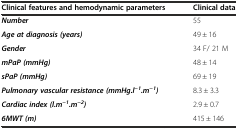
<table><thead><tr><td><b>Clinical features and hemodynamic parameters</b></td><td><b>Clinical data</b></td></tr></thead><tbody><tr><td><b><i>Number</i></b></td><td>55</td></tr><tr><td><b><i>Age at diagnosis (years)</i></b></td><td>49 ± 16</td></tr><tr><td><b><i>Gender</i></b></td><td>34 F/ 21 M</td></tr><tr><td><b><i>mPaP (mmHg)</i></b></td><td>48 ± 14</td></tr><tr><td><b><i>sPaP (mmHg)</i></b></td><td>69 ± 19</td></tr><tr><td><b><i>Pulmonary vascular resistance (mmHg.l</i></b><sup><b><i>−1</i></b></sup><b><i>.m</i></b><sup><b><i>−1</i></b></sup><b><i>)</i></b></td><td>8.3 ± 3.3</td></tr><tr><td><b><i>Cardiac index (l.m</i></b><sup><b><i>−1</i></b></sup><b><i>.m</i></b><sup><b><i>−2</i></b></sup><b><i>)</i></b></td><td>2.9 ± 0.7</td></tr><tr><td><b><i>6MWT (m)</i></b></td><td>415 ± 146</td></tr></tbody></table>